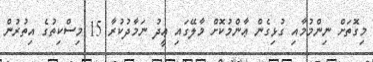
މިގޮތަށް ނިންމުމާއި ގުޅިގެން ޢާންމުކޮށް މާލޭގައި ޢީދު ނަމާދުކުރާ 15 މިސްކިތުގެ އިތުރުން